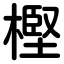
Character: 樫